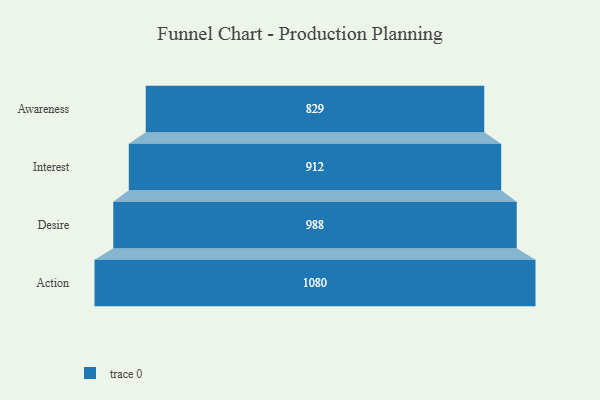
{"axis": {"x": "Stage", "y": "Value"}, "legend": [""], "data": [{"x": "Awareness", "y": 829.0, "type": ""}, {"x": "Interest", "y": 912.0, "type": ""}, {"x": "Desire", "y": 988.0, "type": ""}, {"x": "Action", "y": 1080.0, "type": ""}]}